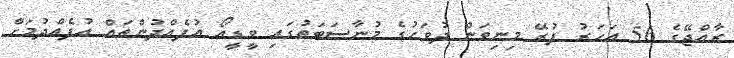
ރާއްޖޭގެ 56 އަހަރު ފުރޭ މިނިވަން ދުވަހުގެ މުނާސަބަތުގައި ވީޑީއޯ އުފެއްދުންތައް އުފެއްދުމަށް